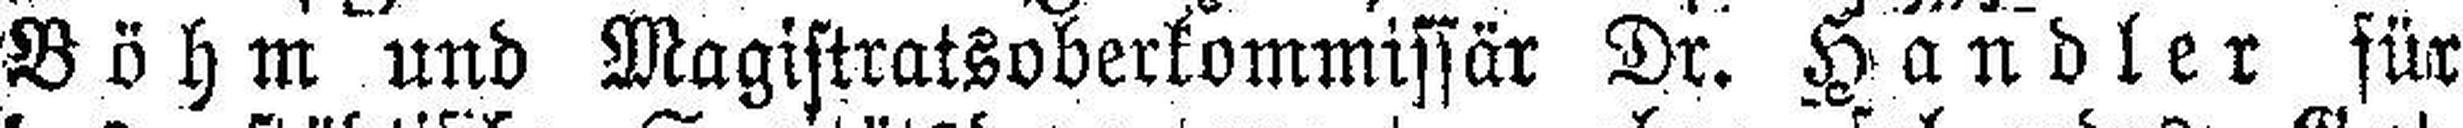
Böhm und Magistratsoberkommissär Dr. Handler für